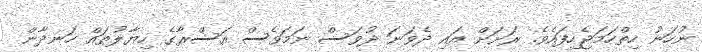
ނުހަނު ހިތްހަމަޖެހިފައެވެ. ރަށަށް އައި ދެވަނަ ދުވަސް ނަމަވެސް އަސްރާގެ ހިޔާލުތައް ހަނދާން